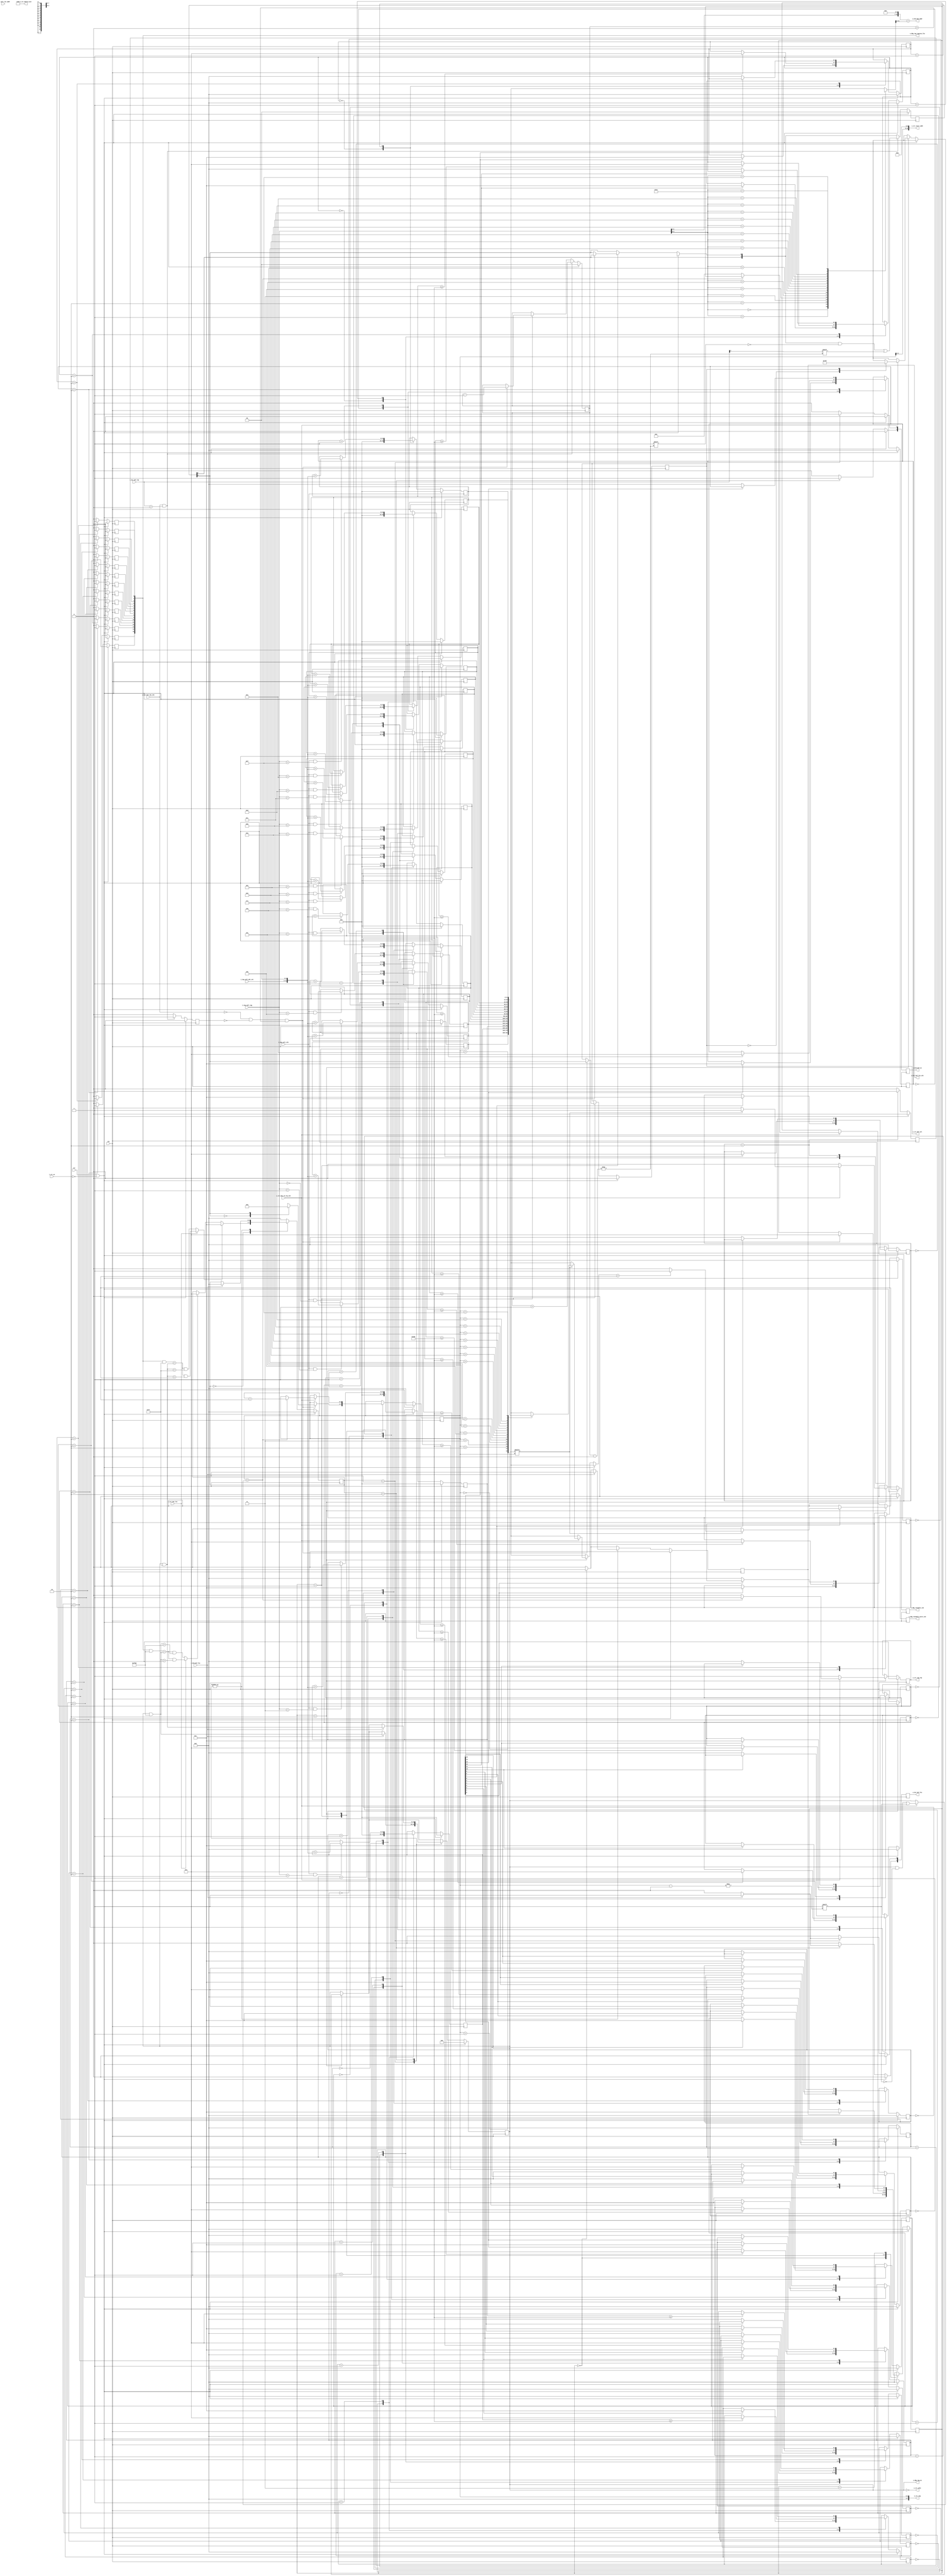
/*
Distributed under the MIT license.
Copyright (c) 2015 Dave McCoy (dave.mccoy@cospandesign.com)

Permission is hereby granted, free of charge, to any person obtaining a copy of
this software and associated documentation files (the "Software"), to deal in
the Software without restriction, including without limitation the rights to
use, copy, modify, merge, publish, distribute, sublicense, and/or sell copies
of the Software, and to permit persons to whom the Software is furnished to do
so, subject to the following conditions:

The above copyright notice and this permission notice shall be included in all
copies or substantial portions of the Software.

THE SOFTWARE IS PROVIDED "AS IS", WITHOUT WARRANTY OF ANY KIND, EXPRESS OR
IMPLIED, INCLUDING BUT NOT LIMITED TO THE WARRANTIES OF MERCHANTABILITY,
FITNESS FOR A PARTICULAR PURPOSE AND NONINFRINGEMENT. IN NO EVENT SHALL THE
AUTHORS OR COPYRIGHT HOLDERS BE LIABLE FOR ANY CLAIM, DAMAGES OR OTHER
LIABILITY, WHETHER IN AN ACTION OF CONTRACT, TORT OR OTHERWISE, ARISING FROM,
OUT OF OR IN CONNECTION WITH THE SOFTWARE OR THE USE OR OTHER DEALINGS IN THE
SOFTWARE.
*/

/*
 * Description:
 *  Manages buffers for ingress transactions (Data sent from the host to FPGA)
 *  When the FPGA requests data from the host computer it makes a:
 *    Memory Read Request
 *  The request contains a tag and the count of dwords to receive (Among other
 *  things) The state machine that requests the data lets this cotnroller
 *  manage the actual tag and memory relationship. This controller follows the
 *  tag and through the following steps:
 *    * When the host says it has data available
 *    * The PCIE Control request to the host computer
 *    * The PCIE Ingress that receives data from the host and stores it into a
 *      local buffer
 *    * Buffer manager telling this controller that a FIFO has pulle the data
 *
 * Changes:
 *  4/30/2016: Initial Commit
 */

//2048 / 4
//`define DWORD_COUNT   10'h0200

module ingress_buffer_manager #(
  parameter                 BUFFER_WIDTH              = 12,   //4096
  parameter                 MAX_REQ_WIDTH             = 9
)(
  input                     clk,
  input                     rst,

  //Host
  //input                     i_hst_buf_size,     //Size of buffer on host machine  (Probably not needed now but in future version it will be important)
  input                     i_hst_buf_rdy_stb,    //Strobe in the status of the buffer
  input         [1:0]       i_hst_buf_rdy,        //Reads in status of the buffer
  output  reg               o_hst_buf_fin_stb,    //Strobe to tell the PCIE Control FIFO we're done with buffer(s)
  output  reg   [1:0]       o_hst_buf_fin,        //Signals go high indicating that a buffer is finished

  //PCIE Control
  input                     i_ctr_en,             //PCIE Controller enables this state machine when starting a write
  input                     i_ctr_mem_rd_req_stb, //Strobe that commits a portion of the buffer
  input                     i_ctr_dat_fin,        //Asserted when the controller will not request more data
  output  reg               o_ctr_tag_rdy,        //Tell the controller that the tag is ready
  output        [7:0]       o_ctr_tag,            //Provide a tag for the PCIE Control to use
  output        [9:0]       o_ctr_dword_size,     //Provide the size of the packet
  output        [11:0]      o_ctr_start_addr,     //Provide the starting address (on host computer for this read)
  output  reg               o_ctr_buf_sel,        //Tell the PCIE controller what buffer we plan to use
  output                    o_ctr_idle,           //Tell the PCIE Control there are no outstanding transactions

  //PCIE Ingress
  input                     i_ing_cplt_stb,       //Detect
  input         [9:0]       i_ing_cplt_pkt_cnt,   //Number of dwords in this read
  input         [7:0]       i_ing_cplt_tag,       //Tag that refereneces
  input         [6:0]       i_ing_cplt_lwr_addr,  //Lower address when complete is broken up into multple packets

  //Buffer Builder
  output        [12:0]      o_bld_mem_addr,       //Address of where to start writing data
  output  reg   [1:0]       o_bld_buf_en,         //Tell Buffer Builder the FIFO can read the block data
  input                     i_bld_buf_fin,        //Buffer Builder reported FIFO has read everything

  output        [15:0]      o_dbg_tag_en,
  output        [15:0]      o_dbg_tag_ingress_fin,
  output  reg               o_dbg_reenable_stb,    //If this is strobed, it indicates that the enable was set high a second time (shouldn't happend)
  output  reg               o_dbg_reenable_nzero_stb //If the host responded a bit then this will be greater than zero
);

//local parameters
localparam      IDLE                  = 4'h0;
localparam      WAIT_FOR_COMPLETION   = 4'h1;
localparam      FINISHED              = 4'h2;

localparam      WAIT_FOR_HOST         = 4'h1;
localparam      CTRL_TAGS_INTERFACE   = 4'h2;
localparam      WAIT_FOR_FINISH       = 4'h3;

localparam      BB_SEND_DATA_0        = 4'h1;
localparam      BB_SEND_DATA_1        = 4'h2;

localparam      MAX_REQ_SIZE          = 2 ** MAX_REQ_WIDTH;
localparam      BUFFER_SIZE           = 2 ** BUFFER_WIDTH;
localparam      BIT_FIELD_WIDTH       = 2 ** (BUFFER_WIDTH - MAX_REQ_WIDTH);
localparam      DWORD_COUNT           = MAX_REQ_SIZE / 4;
localparam      NUM_TAGS              = (BUFFER_SIZE / MAX_REQ_SIZE) * 2;
localparam      BUF0_POS              = 0;
localparam      BUF1_POS              = (NUM_TAGS / 2);
localparam      TAG0_BITFIELD         = (2 ** BUF1_POS) - 1;
localparam      TAG1_BITFIELD         = TAG0_BITFIELD << (BUF1_POS);

//registes/wires
reg             [3:0]               gen_state;
reg             [3:0]               rcv_state;

reg                                 r_delay_stb;

reg             [1:0]               r_buf_status;
reg             [1:0]               r_hst_buf_rdy_cnt;

reg             [3:0]               r_tag_rdy_pos;


reg             [NUM_TAGS - 1:0]    r_tag_sm_en;
wire            [1:0]               w_tag_sm_idle;
reg             [NUM_TAGS - 1:0]    r_tag_sm_fin;
wire            [7:0]               w_tag_map_min[1:0];
wire            [7:0]               w_tag_map_max[1:0];
wire            [NUM_TAGS - 1:0]    w_tag_bitfield[1:0];

wire            [1:0]               w_tag_ingress_done;


wire            [15:0]              w_tmp_bf        = BIT_FIELD_WIDTH;
wire            [15:0]              w_tmp_ttl_width = MAX_REQ_SIZE;
wire            [15:0]              w_tmp_buf_width = BUFFER_SIZE;
wire            [7:0]               w_max_tags      = NUM_TAGS;
wire            [7:0]               w_tag_map0;
wire            [7:0]               w_tag_map1;

wire            [NUM_TAGS - 1:0]    w_tag_bitfield0;
wire            [NUM_TAGS - 1:0]    w_tag_bitfield1;

//Tag State
reg             [3:0]               tag_state[0:NUM_TAGS];
reg             [11:0]              r_byte_cnt[0:NUM_TAGS];

wire            [11:0]              byte_cnt0;
wire            [11:0]              byte_cnt1;
wire            [11:0]              byte_cnt2;
wire            [11:0]              byte_cnt3;
wire            [11:0]              byte_cnt4;
wire            [11:0]              byte_cnt5;
wire            [11:0]              byte_cnt6;
wire            [11:0]              byte_cnt7;
wire            [11:0]              byte_cnt8;
wire            [11:0]              byte_cnt9;
wire            [11:0]              byte_cnt10;
wire            [11:0]              byte_cnt11;
wire            [11:0]              byte_cnt12;
wire            [11:0]              byte_cnt13;
wire            [11:0]              byte_cnt14;
wire            [11:0]              byte_cnt15;

// DEBUG SIGNALS
wire            [3:0]               tag_state0;
wire            [3:0]               tag_state1;
wire            [3:0]               tag_state2;
wire            [3:0]               tag_state3;
wire            [3:0]               tag_state4;
wire            [3:0]               tag_state5;
wire            [3:0]               tag_state6;
wire            [3:0]               tag_state7;
wire            [3:0]               tag_state8;
wire            [3:0]               tag_state9;
wire            [3:0]               tag_state10;
wire            [3:0]               tag_state11;
wire            [3:0]               tag_state12;
wire            [3:0]               tag_state13;
wire            [3:0]               tag_state14;
wire            [3:0]               tag_state15;
// END DEBUG SIGNALS

//submodules
//asynchronous logic
assign  o_ctr_tag             = r_tag_rdy_pos;

assign  w_tag_map0            = w_tag_map_min[0];
assign  w_tag_map1            = w_tag_map_min[1];

assign  w_tag_map_min[0]      = BUF0_POS;
assign  w_tag_map_min[1]      = BUF1_POS;

assign  w_tag_map_max[0]      = BUF0_POS + ((NUM_TAGS / 2) - 1);
assign  w_tag_map_max[1]      = BUF1_POS + ((NUM_TAGS / 2) - 1);

assign  o_ctr_start_addr      = o_ctr_tag << MAX_REQ_WIDTH;
assign  w_tag_bitfield[0]     = TAG0_BITFIELD;
assign  w_tag_bitfield[1]     = TAG1_BITFIELD;

assign  w_tag_bitfield0       = w_tag_bitfield[0];
assign  w_tag_bitfield1       = w_tag_bitfield[1];

assign  w_tag_sm_idle[0]      = ((r_tag_sm_en & w_tag_bitfield[0]) == 0);
assign  w_tag_sm_idle[1]      = ((r_tag_sm_en & w_tag_bitfield[1]) == 0);

assign  w_tag_ingress_done[0] = i_ctr_dat_fin ? ((r_tag_sm_fin & w_tag_bitfield[0])   == (r_tag_sm_en & w_tag_bitfield[0]) &&
                                                  ((r_tag_sm_en & w_tag_bitfield[0])  > 0)):
                                                ((r_tag_sm_fin & w_tag_bitfield[0])   == (r_tag_sm_en & w_tag_bitfield[0]) &&
                                                  ((r_tag_sm_en & w_tag_bitfield[0])  == w_tag_bitfield[0]));

assign  w_tag_ingress_done[1] = i_ctr_dat_fin ? ((r_tag_sm_fin & w_tag_bitfield[1])   == (r_tag_sm_en & w_tag_bitfield[1]) &&
                                                  ((r_tag_sm_en & w_tag_bitfield[1])  > 0)):
                                                ((r_tag_sm_fin & w_tag_bitfield[1])   == (r_tag_sm_en & w_tag_bitfield[1]) &&
                                                  ((r_tag_sm_en & w_tag_bitfield[1])  == w_tag_bitfield[1]));


//Set the output block memory start address
assign  o_bld_mem_addr        = (i_ing_cplt_tag << (MAX_REQ_WIDTH - 2)) + r_byte_cnt[i_ing_cplt_tag][11:2];
assign  o_ctr_dword_size      = DWORD_COUNT;

assign  o_ctr_idle            = (r_tag_sm_en == 0);

// DEBUG SIGNALS
assign  tag_state0            = tag_state[0];
assign  tag_state1            = tag_state[1];
assign  tag_state2            = tag_state[2];
assign  tag_state3            = tag_state[3];
assign  tag_state4            = tag_state[4];
assign  tag_state5            = tag_state[5];
assign  tag_state6            = tag_state[6];
assign  tag_state7            = tag_state[7];
assign  tag_state8            = tag_state[8];
assign  tag_state9            = tag_state[9];
assign  tag_state10           = tag_state[10];
assign  tag_state11           = tag_state[11];
assign  tag_state12           = tag_state[12];
assign  tag_state13           = tag_state[13];
assign  tag_state14           = tag_state[14];
assign  tag_state15           = tag_state[15];

assign  byte_cnt0             = r_byte_cnt[0];
assign  byte_cnt1             = r_byte_cnt[1];
assign  byte_cnt2             = r_byte_cnt[2];
assign  byte_cnt3             = r_byte_cnt[3];
assign  byte_cnt4             = r_byte_cnt[4];
assign  byte_cnt5             = r_byte_cnt[5];
assign  byte_cnt6             = r_byte_cnt[6];
assign  byte_cnt7             = r_byte_cnt[7];
assign  byte_cnt8             = r_byte_cnt[8];
assign  byte_cnt9             = r_byte_cnt[9];
assign  byte_cnt10            = r_byte_cnt[10];
assign  byte_cnt11            = r_byte_cnt[11];
assign  byte_cnt12            = r_byte_cnt[12];
assign  byte_cnt13            = r_byte_cnt[13];
assign  byte_cnt14            = r_byte_cnt[14];
assign  byte_cnt15            = r_byte_cnt[15];

assign  o_dbg_tag_en          = r_tag_sm_en;
assign  o_dbg_tag_ingress_fin = r_tag_sm_fin;


// END DEBUG SIGNALS

//synchronous logic

//Four stage management
//Host:           Sends buffer ready status
//    Problems:   I need to distinguish between the first and second packet
//PCIE Control:   Activates tag
//PCIE Ingress:   Detect Incomming Tag associated completion header provides address for writing data to buffer
//Buffer Builder: When the tags have written all the data, the PPFIFO needs to read a block, then block is done

//Buffer State Machine
integer x;
always @ (posedge clk) begin
  //De-assert Strobes
  o_hst_buf_fin_stb   <=  0;
  o_bld_buf_en        <=  0;
  o_hst_buf_fin       <=  2'b00;
  r_delay_stb         <=  0;
  o_dbg_reenable_stb  <=  0;
  o_dbg_reenable_nzero_stb  <=  0;

  if (rst || !i_ctr_en) begin
    r_tag_rdy_pos                       <=  0;
    r_tag_sm_en                         <=  0;
    o_ctr_buf_sel                       <=  0;
    o_ctr_tag_rdy                       <=  0;
    r_hst_buf_rdy_cnt                   <=  0;
    r_buf_status                        <=  0;

    gen_state                           <=  IDLE;
    rcv_state                           <=  IDLE;
  end
  else begin

    case (gen_state)
      IDLE: begin
        o_hst_buf_fin_stb               <=  1;
        gen_state                       <=  WAIT_FOR_HOST;
      end
      WAIT_FOR_HOST: begin
        //Wait for the host to update buffers
        if (!i_hst_buf_rdy_stb && !r_delay_stb && (r_hst_buf_rdy_cnt > 0))  begin
//Uncomment the line below and comment out the line above for normal operation, otherwise in debug mode (auto buffer swithc)

          //Non Debug (These should be uncommented in the future)
          o_ctr_buf_sel                 <=  r_buf_status[0];
          r_buf_status[0]               <=  r_buf_status[1];
          r_tag_rdy_pos                 <=  w_tag_map_min[r_buf_status[0]];




          //De-assert the enables
          r_hst_buf_rdy_cnt             <=  r_hst_buf_rdy_cnt - 1;
          gen_state                     <=  CTRL_TAGS_INTERFACE;
        end
      end
      CTRL_TAGS_INTERFACE: begin
        //Tell the controller that we are ready
        o_ctr_tag_rdy                   <=  1;
        if (i_ctr_mem_rd_req_stb) begin
          //Controller has committed to a tag

          //Enable Tag State Machine
          if (r_tag_sm_en[r_tag_rdy_pos]) begin
            o_dbg_reenable_stb          <=  1;
            if (r_byte_cnt[r_tag_rdy_pos] > 0) begin
              o_dbg_reenable_nzero_stb  <=  1;
            end
          end
          r_tag_sm_en[r_tag_rdy_pos]    <=  1;

          if (r_tag_rdy_pos < w_tag_map_max[o_ctr_buf_sel]) begin
            r_tag_rdy_pos               <=  r_tag_rdy_pos + 1;
          end
          else begin
            gen_state                   <= WAIT_FOR_FINISH;
            //gen_state                   <=  WAIT_FOR_HOST;
            o_ctr_tag_rdy               <=  0;
          end
        end
      end
      WAIT_FOR_FINISH: begin
        if (o_hst_buf_fin_stb) begin
          gen_state                     <= WAIT_FOR_HOST;
        end
      end
      default: begin
        gen_state                       <= IDLE;
      end
    endcase

    /* PCIE Ingress and Buffer Builder Controller */
    case (rcv_state)
      IDLE: begin
        if (w_tag_ingress_done[0]) begin
          //All tags for buffer 0 reported in done
          rcv_state                   <=  BB_SEND_DATA_0;
        end
        else if (w_tag_ingress_done[1]) begin
          //All tags for buffer 1 reported in done
          rcv_state                   <=  BB_SEND_DATA_1;
        end
      end
      BB_SEND_DATA_0: begin
        //Send out all data from buffer 0, wait for the buffer builder to finish
        o_bld_buf_en[0]               <=  1;
        if (i_bld_buf_fin) begin
          o_hst_buf_fin[0]            <=  1;
          o_hst_buf_fin_stb           <=  1;
          r_tag_sm_en                 <=  r_tag_sm_en & ~TAG0_BITFIELD;
          rcv_state                   <=  IDLE;
        end
      end
      BB_SEND_DATA_1: begin
        //Send out all data from buffer 1, wait for the buffer builder to finish
        o_bld_buf_en[1]               <=  1;
        if (i_bld_buf_fin) begin
          o_hst_buf_fin[1]            <=  1;
          o_hst_buf_fin_stb           <=  1;
          r_tag_sm_en                 <=  r_tag_sm_en & ~TAG1_BITFIELD;
          rcv_state                   <=  IDLE;
        end
      end
      default: begin
        rcv_state                     <=  IDLE;
      end
    endcase

    //Change Incomming Strobes to enables
    if (i_hst_buf_rdy_stb && (i_hst_buf_rdy > 0)) begin
      r_buf_status[r_hst_buf_rdy_cnt]   <=  i_hst_buf_rdy[1];
      r_hst_buf_rdy_cnt                 <=  r_hst_buf_rdy_cnt + 1;
      r_delay_stb                       <=  1;
    end
  end
end

//Tag State Machine
genvar i;

generate
for (i = 0; i < NUM_TAGS; i = i + 1) begin : tag_sm

always @ (posedge clk) begin
  r_tag_sm_fin[i]           <=  0;
  if (rst || !i_ctr_en) begin
    tag_state[i]            <=  IDLE;
    r_tag_sm_fin[i]         <=  0;
    r_byte_cnt[i]           <=  0;
  end
  else begin
    case (tag_state[i])
      IDLE: begin
        r_byte_cnt[i]       <=  0;
        if (r_tag_sm_en[i]) begin
          tag_state[i]      <=  WAIT_FOR_COMPLETION;
        end
      end
      WAIT_FOR_COMPLETION: begin
        if (i_ing_cplt_stb && (i_ing_cplt_tag == i)) begin
          r_byte_cnt[i]       <=  r_byte_cnt[i] + {i_ing_cplt_pkt_cnt, 2'b00};
        end

        if (r_byte_cnt[i] >= MAX_REQ_SIZE) begin
          tag_state[i]        <=  FINISHED;
        end
      end
      FINISHED: begin
        r_tag_sm_fin[i]     <=  1;
        if (!r_tag_sm_en[i]) begin
          tag_state[i]      <=  IDLE;
        end
      end
    endcase
  end
end

end
endgenerate

endmodule